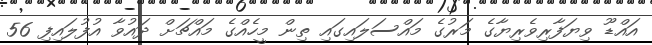
އައްޑޫ ވިޔަފާރިވެރިޔާގެ މަރުގެ މައްސަލައިގައި ތިން މީހެއްގެ މައްޗަށް ދައުވާ އުފުލައިފި 56